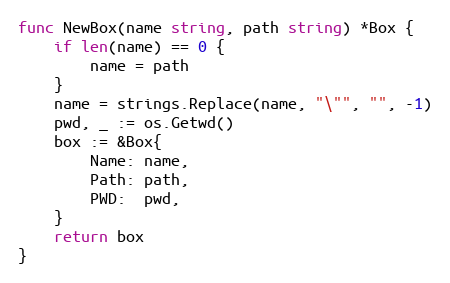
Language: Go
func NewBox(name string, path string) *Box {
	if len(name) == 0 {
		name = path
	}
	name = strings.Replace(name, "\"", "", -1)
	pwd, _ := os.Getwd()
	box := &Box{
		Name: name,
		Path: path,
		PWD:  pwd,
	}
	return box
}